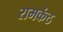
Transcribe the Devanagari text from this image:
रामकंठ